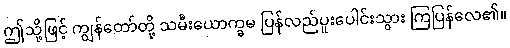
ဤသို့ဖြင့် ကျွန်တော်တို့ သမီးယောက္ခမ ပြန်လည်ပူးပေါင်းသွား ကြပြန်လေ၏။